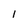
Character: 1